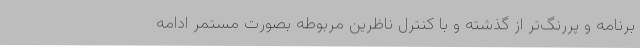
برنامه و پررنگ‌تر از گذشته و با کنترل ناظرین مربوطه بصورت مستمر ادامه